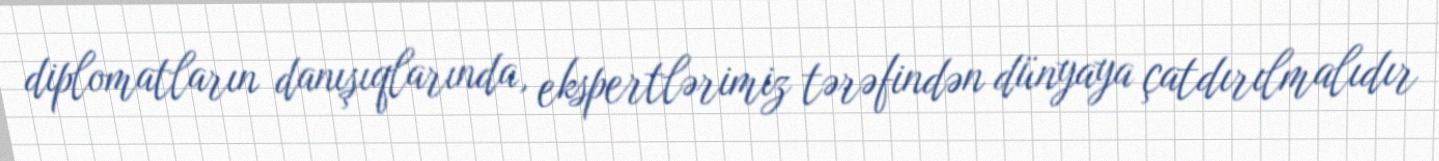
diplomatların danışıqlarında, ekspertlərimiz tərəfindən dünyaya çatdırılmalıdır